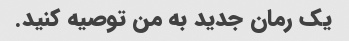
یک رمان جدید به من توصیه کنید.